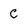
Character: C